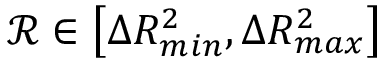
\mathcal { R } \in \left[ \Delta R _ { m i n } ^ { 2 } , \Delta R _ { m a x } ^ { 2 } \right]